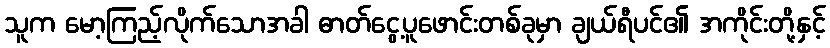
သူက မော့ကြည့်လိုက်သောအခါ ဓာတ်ငွေ့ပူဖောင်းတစ်ခုမှာ ချယ်ရီပင်၏ အကိုင်းတို့နှင့်